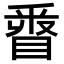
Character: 𨤓